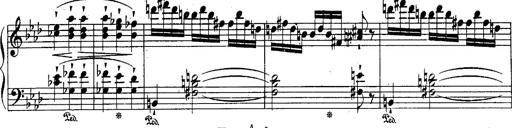
Title: Schubert's Impromptus [revised and edited by Franz Liszt]
Composer: Franz Liszt